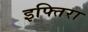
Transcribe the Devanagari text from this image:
इफ्तिरा